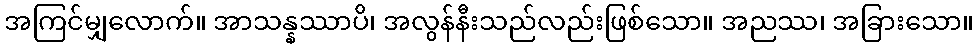
အကြင်မျှလောက်။ အာသန္နဿာပိ၊ အလွန်နီးသည်လည်းဖြစ်သော။ အညဿ၊ အခြားသော။